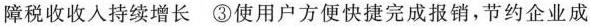
障税收收入持续增长 ③使用户方便快捷完成报销，节约企业成